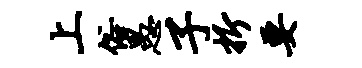
上俗愚子折要